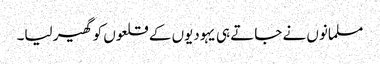
مسلمانوں نے جاتے ہی یہودیوں کے قلعوں کو گھیر لیا۔